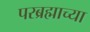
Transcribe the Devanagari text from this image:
परब्रह्माच्या